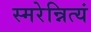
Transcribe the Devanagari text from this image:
स्मरेन्नित्यं